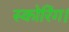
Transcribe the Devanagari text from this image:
स्कोरिंग।